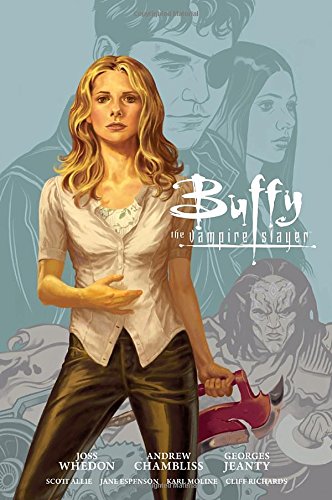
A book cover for Buffy: Season Nine Library Edition Volume 1 (Buffy the Vampire Slayer); Joss Whedon; Comics & Graphic Novels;